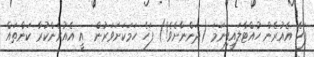
ފަހެ އެއުރެން ހުއްޓާލައިފިނަމަ (ދަންނާށެވެ!) ފަހެ ހަމަކަށަވަރުން  އީ އެއުރެންކުރާ ކަންތައް